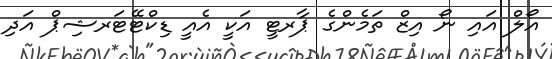
އޯލް އައި ނޯ އިޒް ތަމެންގެ ޕާރޓީ އަކީ އެއީ ޑިކްޓޭޓަރޝިޕް އަދި